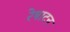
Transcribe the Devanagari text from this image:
रेषाटन